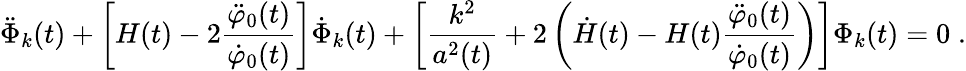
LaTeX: \ddot{\Phi}_{k}(t)+\left[H(t)-2\frac{\ddot{\varphi}_{0}(t)}{\dot{\varphi}_{0}(t)}\right]\dot{\Phi}_{k}(t)+\left[\frac{k^{2}}{a^{2}(t)}+2\left(\dot{H}(t)-H(t)\frac{\ddot{\varphi}_{0}(t)}{\dot{\varphi}_{0}(t)}\right)\right]\Phi_{k}(t)=0\; .